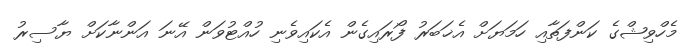
މެހްވިޝްގެ ކަންފަތާއި ހަމަޔަށް އެޚަބަރު ފޯރައިގެން އެކައިވެނި ހުއްޓުވަން އޭނަ އަންނާކަށް ޔާސިރު